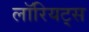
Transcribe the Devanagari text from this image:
लॉरियट्स